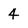
Character: 4